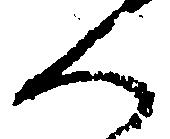
へ